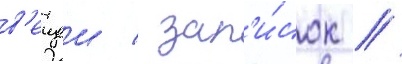
в'ещеи / зап'и́сок /